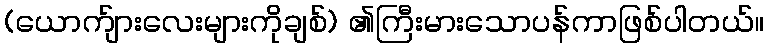
(ယောက်ျားလေးများကိုချစ်) ၏ကြီးမားသောပန်ကာဖြစ်ပါတယ်။